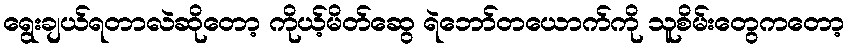
ရွေးချယ်ရတာလဲဆိုတော့ ကိုယ့်မိတ်ဆွေ ရဲဘော်တယောက်ကို သူစိမ်းတွေကတော့